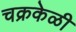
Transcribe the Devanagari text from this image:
चक्रकेळी